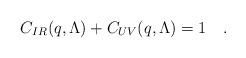
LaTeX: \begin{align*}C_{IR}(q,\Lambda)+C_{UV}(q,\Lambda)=1\quad.\end{align*}